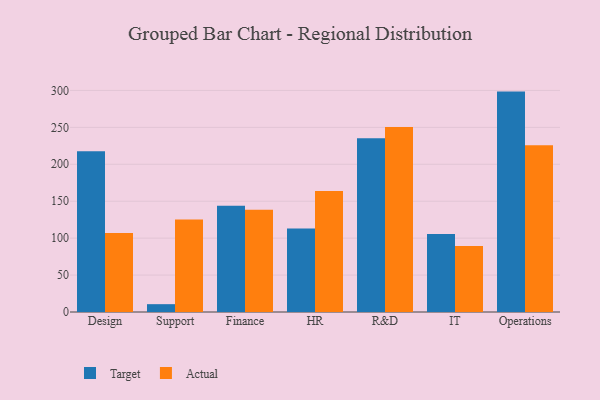
{"axis": {"x": "Department", "y": "Net Income (USD K)"}, "legend": ["Actual", "Target"], "data": [{"x": "Design", "y": 217.5, "type": "Target"}, {"x": "Design", "y": 106.8, "type": "Actual"}, {"x": "Support", "y": 10.6, "type": "Target"}, {"x": "Support", "y": 125.2, "type": "Actual"}, {"x": "Finance", "y": 144.0, "type": "Target"}, {"x": "Finance", "y": 138.4, "type": "Actual"}, {"x": "HR", "y": 112.9, "type": "Target"}, {"x": "HR", "y": 163.8, "type": "Actual"}, {"x": "R&D", "y": 235.2, "type": "Target"}, {"x": "R&D", "y": 250.6, "type": "Actual"}, {"x": "IT", "y": 105.5, "type": "Target"}, {"x": "IT", "y": 89.2, "type": "Actual"}, {"x": "Operations", "y": 298.4, "type": "Target"}, {"x": "Operations", "y": 225.6, "type": "Actual"}]}